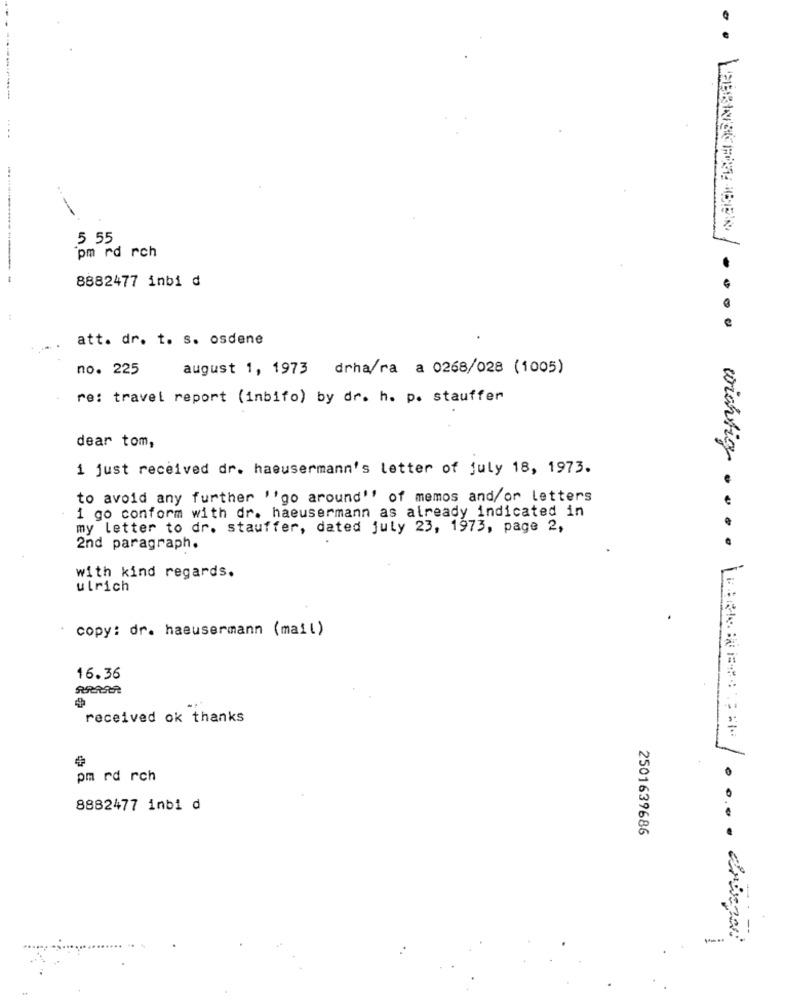
5 55
pm rd rch
8882477 inbi d
att. dr. t. s. osdene
no. 225
august 1, 1973 drha/ra a 0268/028 (1005)
re: travel report (inbifo) by dr. h. p. stauffer
dear tom,
i just received dr. haeusermann's letter of july 18, 1973.
to avoid any further "'go around"" of memos and/ or letters
1 go conform with dr. haeusermann as already indicated in
my letter to dr. stauffer, dated july 23, 1973, page 2,
2nd paragraph.
with kind regards.
ulrich
copy: dr. haeusermann (mail)
16.36
FRASER
received ok thanks
pm rd rch
.
8882477 inbi d
2501639686